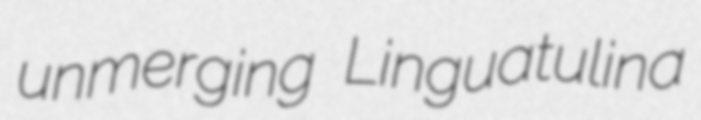
unmerging Linguatulina